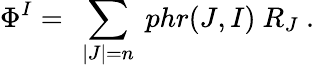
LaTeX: \Phi^{I}=\ \sum_{|J|=n}\ phr(J,I)\ R_{J}\ .